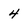
Character: 4